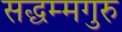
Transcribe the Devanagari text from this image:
सद्धम्मगुरु